Leaving Certificate Examination (including Day School Certificate (Higher) General paper), 1926
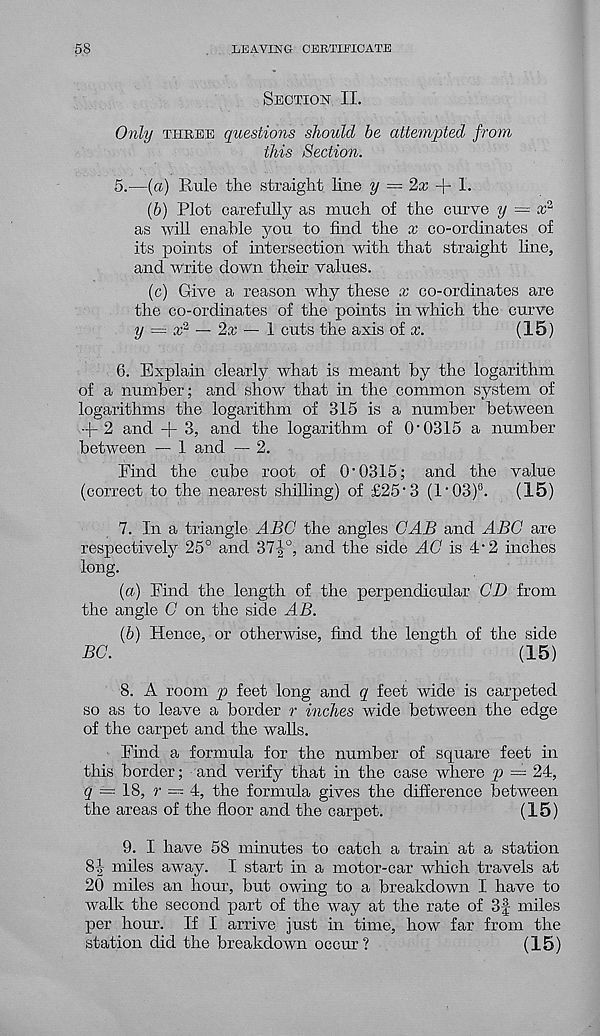
58
LEAVING CERTIFICATE
Section II.
Only three questions should be attempted from
this Section.
5.
—(a) Rule the straight lin
(b) Plot carefully as much of the curve y — x 1
as will enable you to find the x co-ordinates of
its points of intersection with that straight line,
and write down their values.
(c) Give a reason why these x co-ordinates are
the co-ordinates of the points in which the curve
y = x 2 — 2x — \ cuts the axis of x.
(15)
6. Explain clearly what is meant by the logarithm
of a number; and show that in the common system of
logarithms the logarithm of 315 is a number between
2 and + 3, and the logarithm of O'0315 a number
between — 1 and — 2.
Find the cube root of O'0315; and the value
(correct to the nearest shilling) of £25'3 (1'03) 6 .
(15)
7. In a triangle ABC the angles CAB and ABC are
respectively 25° and 37|°, and the side AC is 4'2 inches
long.
(a) Find the length of the perpendicular CD from
the angle C on the side AB.
(b) Hence, or otherwise, find the length of the side
BC.
(15)
8. A room p feet long and q feet wide is carpeted
so as to leave a border r inches wide between the edge
of the carpet and the walls.
Find a formula for the number of square feet in
this border; and verify that in the case where p — 24,
g = 18, r =~- 4, the formula gives the difference between
the areas of the floor and the carpet.
(15)
9. I have 58 minutes to catch a train at a station
8-| miles away. I start in a motor-car which travels at
20 miles an hour, but owing to a breakdown I have to
walk the second part of the way at the rate of 3-f miles
per hour. If I arrive just in time, how far from the
station did the breakdown occur ?
(15)